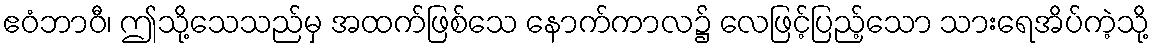
ဧဝံဘာဝီ၊ ဤသို့သေသည်မှ အထက်ဖြစ်သေ နောက်ကာလ၌ လေဖြင့်ပြည့်သော သားရေအိပ်ကဲ့သို့